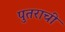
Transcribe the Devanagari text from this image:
पुतराची